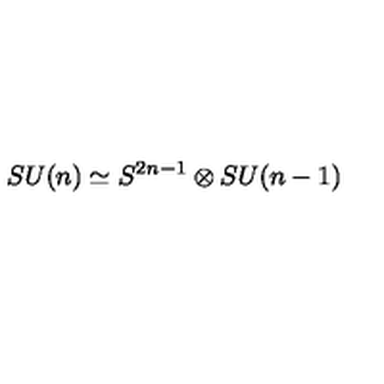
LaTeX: S U ( n ) \simeq S ^ { 2 n - 1 } \otimes S U ( n - 1 )